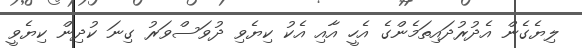
ލިޔެގެން އެދުރުދައިތަމެންގެ އެހީ އާއި އެކު ކިޔެވި ދުވަސްވަރު ގިނަ ކުދިން ކިޔެވީ